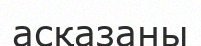
асқазаны